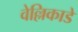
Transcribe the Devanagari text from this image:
वेल्लिकाडे